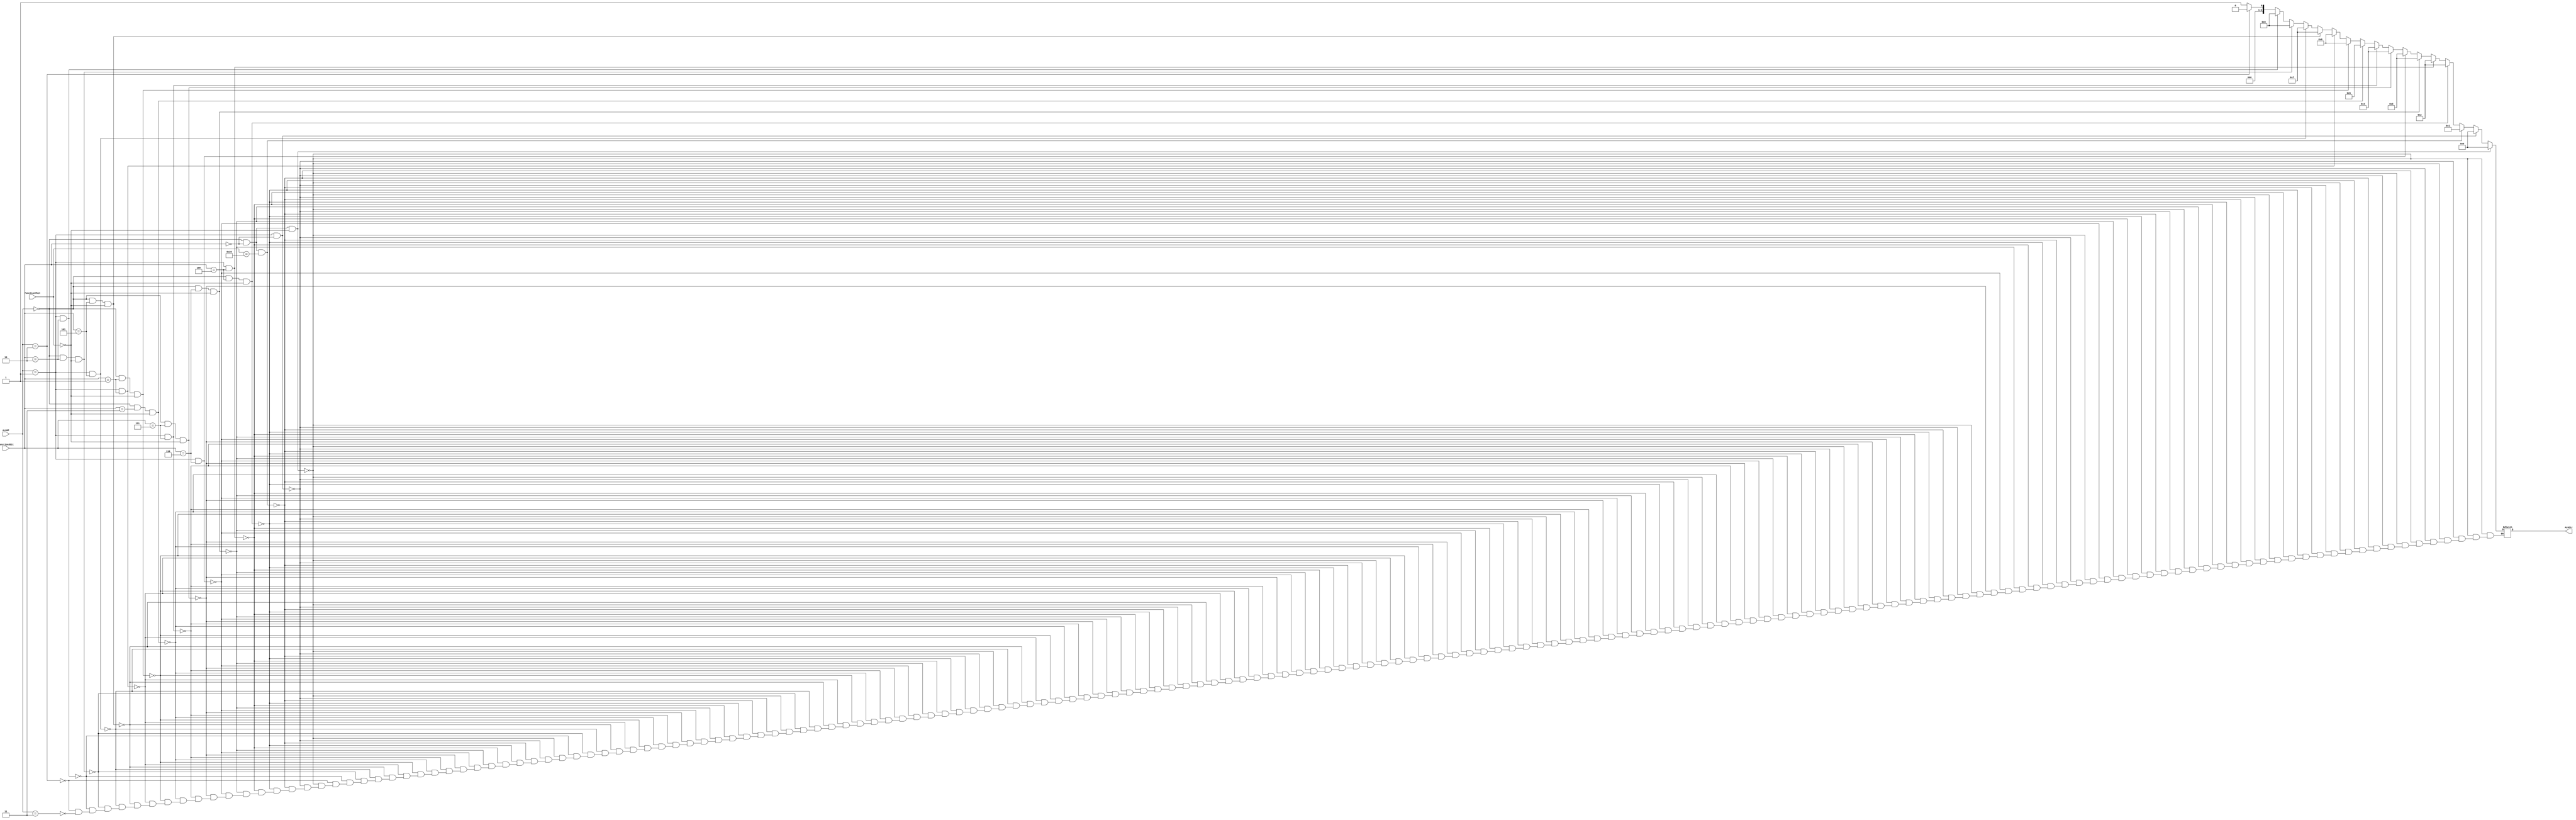
`timescale 1ns / 1ps

//////////////////////////////////////////////////////////////////////////////////
// fullname : Milad Nooraei
// student number : 9935701
// Computer Architecture HomeWork 1
//////////////////////////////////////////////////////////////////////////////////

module ALUControlUnit(
	input [1:0]ALUOP,
	input [2:0]Function3bit,
	input [6:0]Function7bit,
	
	output reg [3:0]ALUCtr
    );
	 
	 always@(Function3bit, Function7bit, ALUOP)
	 begin
	 
	 //add
	 if(ALUOP == 'b00 & Function3bit == 'b000 & Function7bit == 'b0000000)
	 begin
		ALUCtr = 'b0000;
	 end
	 //addi
	 else if(ALUOP == 'b01 & Function3bit == 'b000)
	 begin
		ALUCtr = 'b0000;
	 end
	 //sub
	 else if(ALUOP == 'b00 & Function3bit == 'b000 & Function7bit == 'b0100000)
	 begin
		ALUCtr = 'b0001;
	 end
	 //xor
	 else if(ALUOP == 'b00 & Function3bit == 'b100 & Function7bit == 'b0000000)
	 begin
		ALUCtr = 'b0010;
	 end
	 //xori
	 else if(ALUOP == 'b01 & Function3bit == 'b100)
	 begin
		ALUCtr = 'b0010;
	 end
	 //or
	 else if(ALUOP == 'b00 & Function3bit == 'b110 & Function7bit == 'b0000000)
	 begin
		ALUCtr = 'b0011;
	 end
	 //ori
	 else if(ALUOP == 'b01 & Function3bit == 'b110)
	 begin
		ALUCtr = 'b0011;
	 end
	 //and
	 else if(ALUOP == 'b00 & Function3bit == 'b111 & Function7bit == 'b0000000)
	 begin
		ALUCtr = 'b0100;
	 end
	 //andi
	 else if(ALUOP == 'b01 & Function3bit == 'b111)
	 begin
		ALUCtr = 'b0100;
	 end
	 //not
	 else if(ALUOP == 'b00 & Function3bit == 'b011 & Function7bit == 'b0000000)
	 begin
		ALUCtr = 'b0101;
	 end
	 //sll
	 else if(ALUOP == 'b00 & Function3bit == 'b001 & Function7bit == 'b0000000)
	 begin
		ALUCtr = 'b0110;
	 end
	 //slli
	 else if(ALUOP == 'b01 & Function3bit == 'b001)
	 begin
		ALUCtr = 'b0110;
	 end
	 //srl
	 else if(ALUOP == 'b00 & Function3bit == 'b101 & Function7bit == 'b0000000)
	 begin
		ALUCtr = 'b0111;
	 end
	 //srli
	 else if(ALUOP == 'b01 & Function3bit == 'b101)
	 begin
		ALUCtr = 'b0111;
	 end
	 //slt
	 else if(ALUOP == 'b00 & Function3bit == 'b010 & Function7bit == 'b0000000)
	 begin
		ALUCtr = 'b1000;
	 end
	 //slti
	 else if(ALUOP == 'b01 & Function3bit == 'b010)
	 begin
		ALUCtr = 'b1000;
	 end
	 //sw-lw
	 else if(ALUOP == 'b10)
	 begin
		ALUCtr = 'b0000;
	 end
	 //beq
	 else if(ALUOP == 'b11)
	 begin
		ALUCtr = 'b0001;
	 end
	 
	 end


endmodule